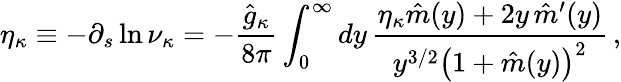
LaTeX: \eta_{\kappa}\equiv-\partial_{s}\ln\nu_{\kappa}=-\frac{\hat{g}_{\kappa}}{8\pi}\int_{0}^{\infty}dy\, \frac{\eta_{\kappa}\hat{m}(y)+2y\, \hat{m}^{\prime}(y)}{y^{3/2}\big(1+\hat{m}(y)\big)^{2}}\, ,